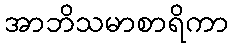
အာဘိသမာစာရိကာ